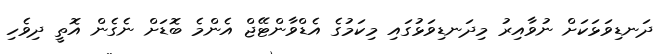
ދަނޑިވަޅަކަށް ނުވާއިރު މިދަނޑިވަޅުގައި މިކަމުގެ އެޑްވާންޓޭޖް އެންމެ ބޮޑަށް ނެގެން އޮތީ ދިވެހި